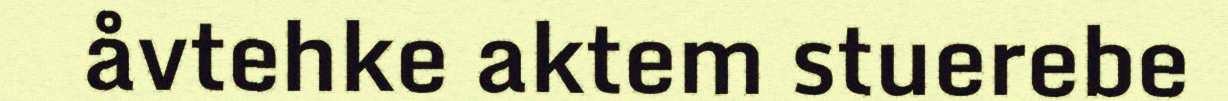
åvtehke aktem stuerebe